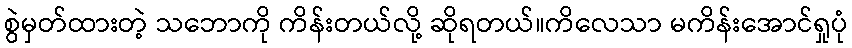
စွဲမှတ်ထားတဲ့ သဘောကို ကိန်းတယ်လို့ ဆိုရတယ်။ကိလေသာ မကိန်းအောင်ရှုပုံ